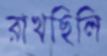
রাখছিলি